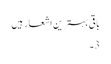
باقی بہترین اشعار ہیں
3۔